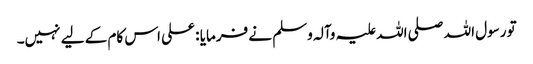
تو رسول اللہ صلی اللہ علیہ وآلہ وسلم نے فرمایا : علی اس کام کے لیے نہیں۔